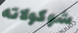
شوكولاته